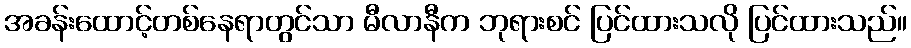
အခန်းထောင့်တစ်နေရာတွင်သာ မီလာနီက ဘုရားစင် ပြင်ထားသလို ပြင်ထားသည်။